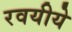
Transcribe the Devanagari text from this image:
रवयीये